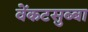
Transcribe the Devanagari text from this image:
वेंकटसुब्बा